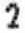
2